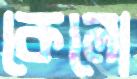
কেলো